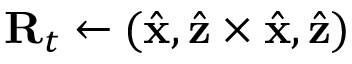
\mathbf R _ { t } \gets ( \hat { \mathbf x } , \hat { \mathbf z } \times \hat { \mathbf x } , \hat { \mathbf z } )